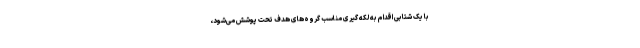
با یک شتابی اقدام به لکه گیری مناسب گروه‌های هدف تحت پوشش می‌شود،